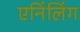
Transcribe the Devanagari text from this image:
एनिंलिंग